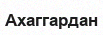
Ахаггардан